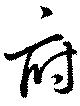
府